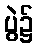
ပွဲ၌